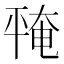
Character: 𪪅